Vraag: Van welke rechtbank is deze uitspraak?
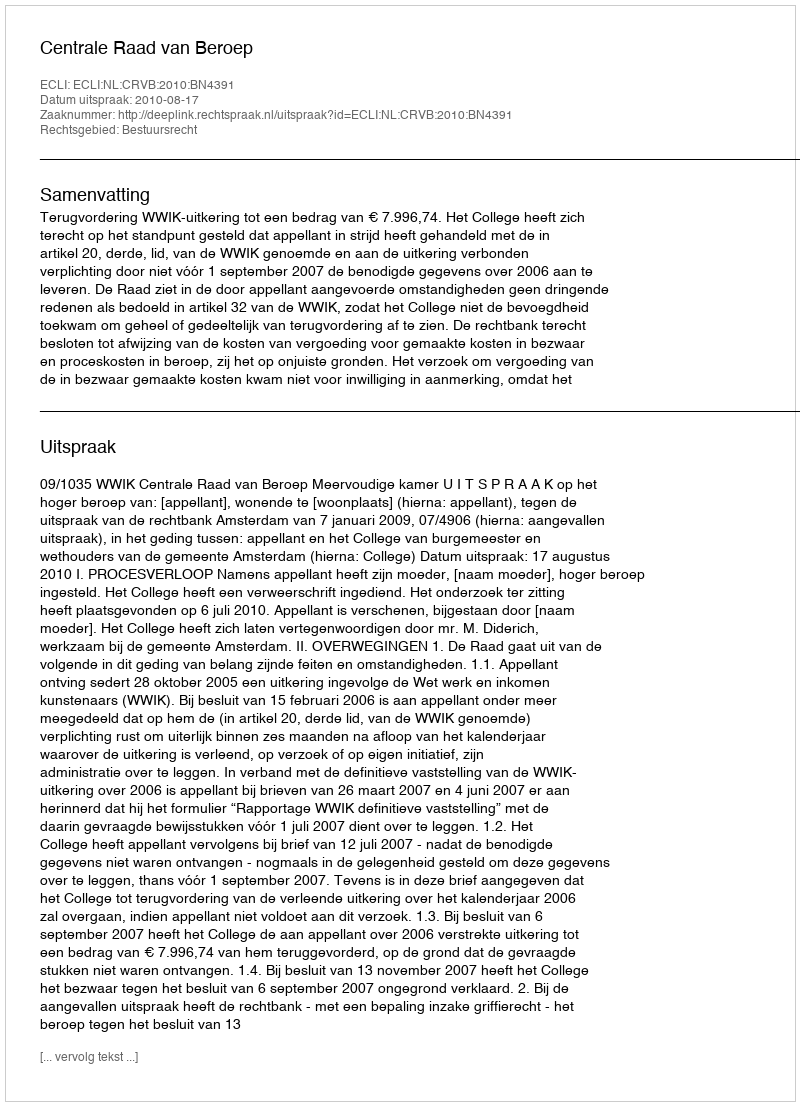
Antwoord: Centrale Raad van Beroep